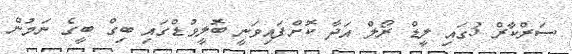
ސަަރްކާރް 3ގައި ލީޑް ރޯލް އަދާ ކޮށްފައިވަނީ ބޮލީވުޑްގައި ބިގް ބީގެ ނަމުން